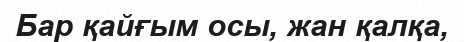
Бар қайғым осы, жан қалқа,